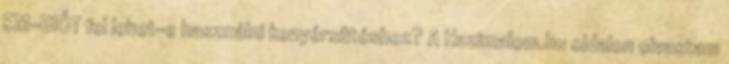
EM-BIÓT fel lehet-e használni kenyérsütéshez? A Hazimalom.hu oldalon olvastam